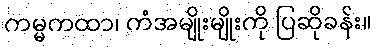
ကမ္မကထာ၊ ကံအမျိုးမျိုးကို ပြဆိုခန်း။